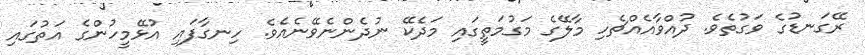
ރޭގަނޑުގެ ވަގުތެވެ. ދުއްވާއެއްޗެހި މާލޭގެ މަގުމަތީގައި މަދެކޭ ނުދެންނެވޭނެއެވެ. ހިނގާފައި އުޅޭމީހުންގެ އަތުގައި